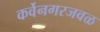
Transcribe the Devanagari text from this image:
कर्वेनगरजवळ